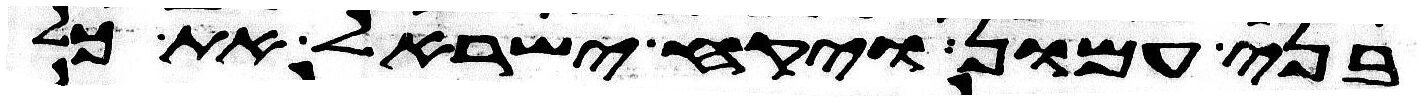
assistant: בני עמון ויקח ישראל את כל